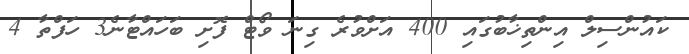
ކައުންސިލް އިންތިޚާބުގައި 400 އަށްވުރެ ގިނަ ވޯޓް ފޮށި ބަހައްޓާނެ3 ހަފްތާ 4